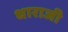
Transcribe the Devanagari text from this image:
धाराजी